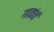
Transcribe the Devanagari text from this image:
गावांचं